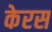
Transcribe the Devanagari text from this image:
केरस